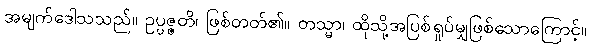
အမျက်ဒေါသသည်။ ဥပ္ပဇ္ဇတိ၊ ဖြစ်တတ်၏။ တသ္မာ၊ ထိုသို့အပြစ်ရှုပ်မျှဖြစ်သောကြောင့်။